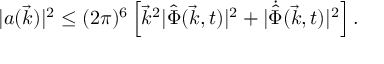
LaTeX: \vert a ( \vec { k } ) \vert ^ { 2 } \leq ( 2 \pi ) ^ { 6 } \left[ { \vec { k } } ^ { 2 } \vert { \hat { \Phi } } ( \vec { k } , t ) \vert ^ { 2 } + \vert { \dot { \hat { \Phi } } } ( \vec { k } , t ) \vert ^ { 2 } \right] .